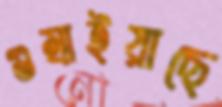
গুম্‌রাইয়াছে